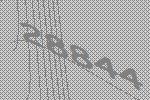
28844